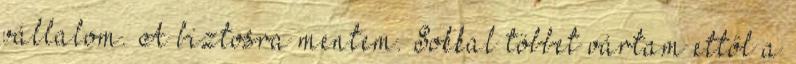
vállalom. A biztosra mentem. Sokkal többet vártam ettől a